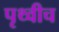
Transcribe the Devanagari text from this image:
पृथ्वीच